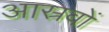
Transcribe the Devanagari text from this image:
आस्रवों